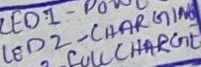
Text: LED2 - CHARGING